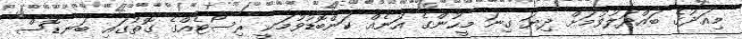
މިއަދުގެ ބައްދަލުވުމަށް ދިޔަ ގިނަ މީހުންގެ އަނެއް ކަންބޮޑުވުމަކީ ރިސޯޓެއްގެ ގޮތުގައި ބަނޑޮސް